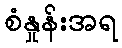
စံနှုန်းအရ